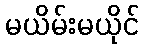
မယိမ်းမယိုင်